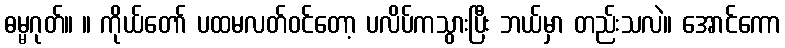
ဓမ္မဂုတ်။ ။ ကိုယ်တော် ပထမလတ်ဝင်တော့ ပလိပ်ကသွားပြီး ဘယ်မှာ တည်းသလဲ။ အောင်ကော